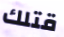
قتلك